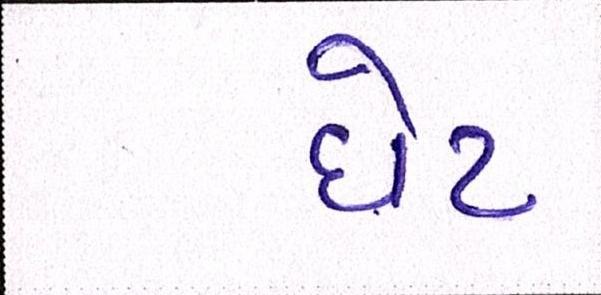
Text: ધેટ